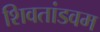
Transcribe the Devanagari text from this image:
शिवतांडवम